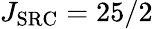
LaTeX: J_{\mathrm{SRC}}=25/2